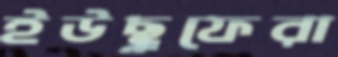
ইউছুফেরা